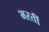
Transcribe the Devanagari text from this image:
भरतीं